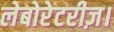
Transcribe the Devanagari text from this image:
लेबोरेटरीज़।